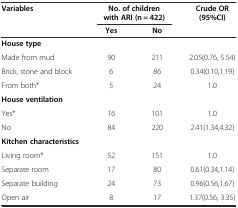
<table><thead><tr><td rowspan="2"><b>Variables</b></td><td colspan="2"><b>No. of children with ARI (n = 422)</b></td><td rowspan="2"><b>Crude OR(95%CI)</b></td></tr><tr><td><b>Yes</b></td><td><b>No</b></td></tr></thead><tbody><tr><td><b>House type</b></td><td></td><td></td><td></td></tr><tr><td>Made from mud</td><td>90</td><td>211</td><td>2.05(0.76, 5.54)</td></tr><tr><td>Brick, stone and block</td><td>6</td><td>86</td><td>0.34(0.10,1.19)</td></tr><tr><td>From both*</td><td>5</td><td>24</td><td>1.0</td></tr><tr><td><b>House ventilation</b></td><td></td><td></td><td></td></tr><tr><td>Yes*</td><td>16</td><td>101</td><td>1.0</td></tr><tr><td>No</td><td>84</td><td>220</td><td>2.41(1.34,4.32)</td></tr><tr><td><b>Kitchen characteristics</b></td><td></td><td></td><td></td></tr><tr><td>Living room*</td><td>52</td><td>151</td><td>1.0</td></tr><tr><td>Separate room</td><td>17</td><td>80</td><td>0.61(0.34,1.14)</td></tr><tr><td>Separate building</td><td>24</td><td>73</td><td>0.96(0.56,1.67)</td></tr><tr><td>Open air</td><td>8</td><td>17</td><td>1.37(0.56, 3.35)</td></tr></tbody></table>